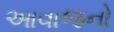
આવાજનો